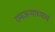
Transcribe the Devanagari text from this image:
रामजन्माच्याच